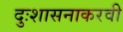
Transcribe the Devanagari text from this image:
दुःशासनाकरवी